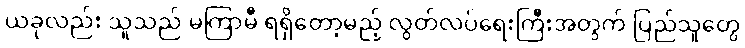
ယခုလည်း သူသည် မကြာမီ ရရှိတော့မည့် လွတ်လပ်ရေးကြီးအတွက် ပြည်သူတွေ